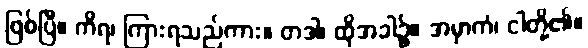
ဖြစ်ပြီ။ ကိရ၊ ကြားရသည်ကား။ တဒါ၊ ထိုအခါ၌။ အမှာကံ၊ ငါတို့၏။